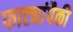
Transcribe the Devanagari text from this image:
फाट्यांपैकी